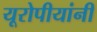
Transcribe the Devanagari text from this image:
यूरोपीयांनी